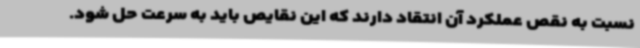
نسبت به نقص عملکرد آن انتقاد دارند که این نقایص باید به سرعت حل شود.